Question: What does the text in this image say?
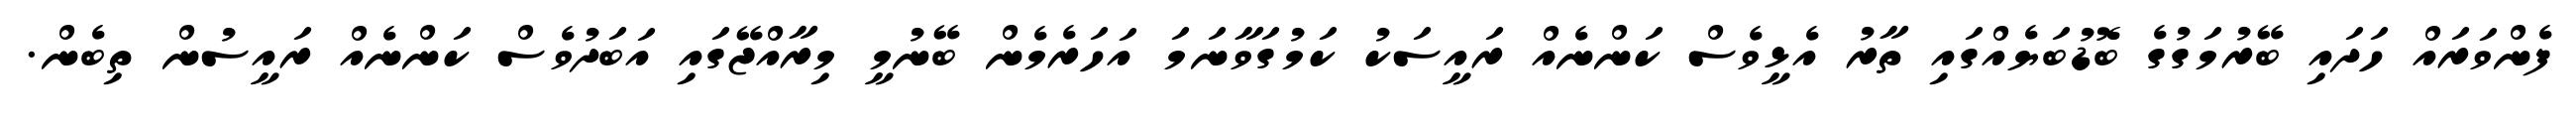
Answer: ފެންވަރައް ހަދައި ބޭރުމަގުގެ ބޮޑުބަޔެއްގައި ތާރު އެޅީވެސް ކަންނެއް ރައީސަކު ކަމުގަވާނަމަ އަހަރެމެން ބޭނުމީ މިރާއްޖޭގައި އަބަދުވެސް ކަންނެއް ރައީސުން ތިބެން.